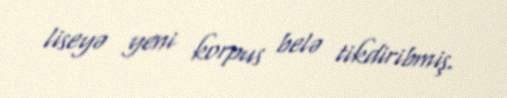
liseyə yeni korpus belə tikdiribmiş.